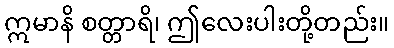
ဣမာနိ စတ္တာရိ၊ ဤလေးပါးတို့တည်း။